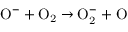
\mathrm { O ^ { - } + O _ { 2 } \to O _ { 2 } ^ { - } + O }